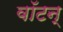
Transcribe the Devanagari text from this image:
वॉटन्